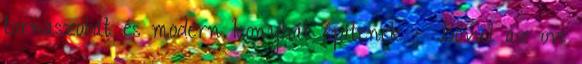
tornaszobát és modern konyhát építenek - Bővül az ovi